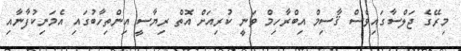
މިރޭގެ ޖަލްސާގައިވެސް ޤާސިމް އިބްރާހިމް ވަނީ ކުރިއަށް އޮތް ރިޔާސީ އިންތިހާބުގައި އެމަނިކުފާނާއި